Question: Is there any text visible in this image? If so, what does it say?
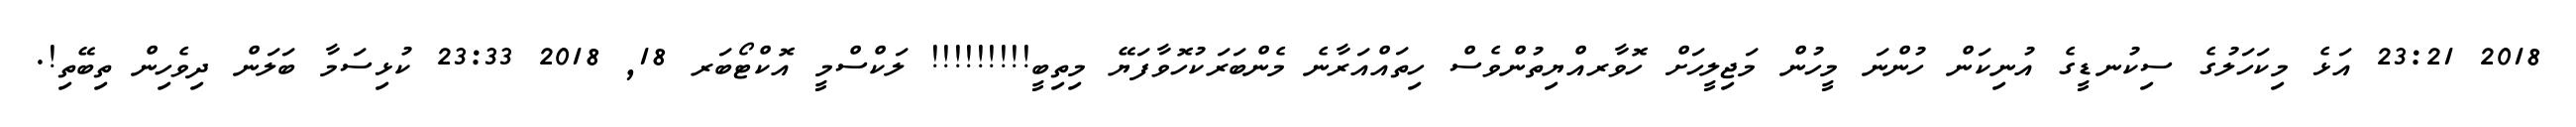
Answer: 2018 23:21 އަޅެ މިކަހަލުގެ ސިކުނޑީގެ އުނިކަން ހުންނަ މީހުން މަޖިލީހަށް ހޮވާރއްޔިތުންވެސް ހިތައްއަރާނެ މެންބަރަކުހޮވާފަޔޭ މިތިބީ!!!!!!!!! ލަކްސްމީ އޮކްޓޯބަރ 18, 2018 23:33 ކުޅިސަމާ ބަލަން ދިވެހިން ތިބޭތި!.